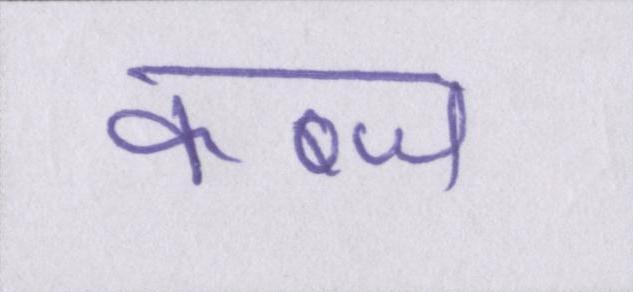
कब्ज